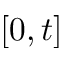
[ 0 , t ]